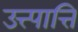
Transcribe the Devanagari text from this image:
उत्त्पात्ति